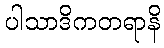
ပါသာဒိကတရာနိ